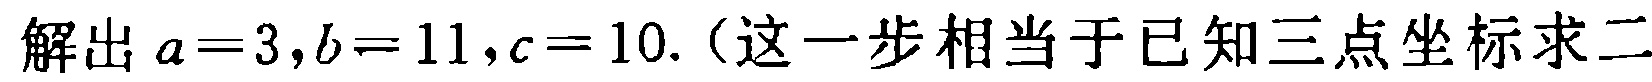
解出 \(a = 3,b = 11,c = 10.\)（这一步相当于已知三点坐标求二